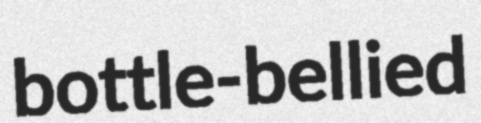
bottle-bellied